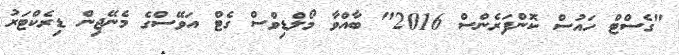
"ގެސްޓް ހައުސް ކޮންފަރެންސް 2016" ބާއްވާ މޯލްޑިވްސް ގެޓް އަވޭސްގެ މެނޭޖިން ޑިރެކްޓަރު